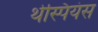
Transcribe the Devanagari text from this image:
थेस्पियंस